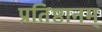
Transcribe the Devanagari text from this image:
प्रतिष्ठानम्